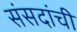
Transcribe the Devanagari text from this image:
संसदांची